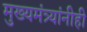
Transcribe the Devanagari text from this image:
मुख्यमंत्र्यांनीही